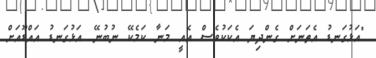
"އަޅުގަނޑު އެތަނަށް ގެންދިޔަ އެކަކުވެސް އެއީ މަނާ ކަމެކޭ ނުބުނޭ. އަޅުގަނޑު އައްޑޫއަށް